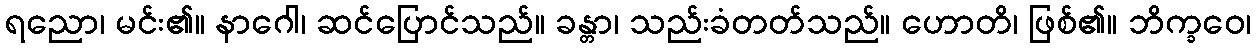
ရညော၊ မင်း၏။ နာဂေါ၊ ဆင်ပြောင်သည်။ ခန္တာ၊ သည်းခံတတ်သည်။ ဟောတိ၊ ဖြစ်၏။ ဘိက္ခဝေ၊